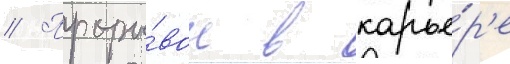
// Проры́вом в карье́р'е